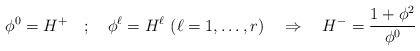
\begin{align*}\phi^0 =H^+ \quad; \quad \phi^\ell = H^\ell \,\, (\ell=1,\dots,r) \quad \Rightarrow \quad H^- =\frac{1+\mathbf{\phi}^2}{\phi^0}\end{align*}